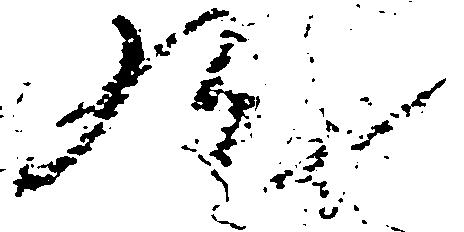
歟